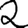
Digit: 2